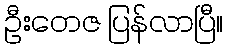
ဦးတေဇ ပြန်လာပြီ။